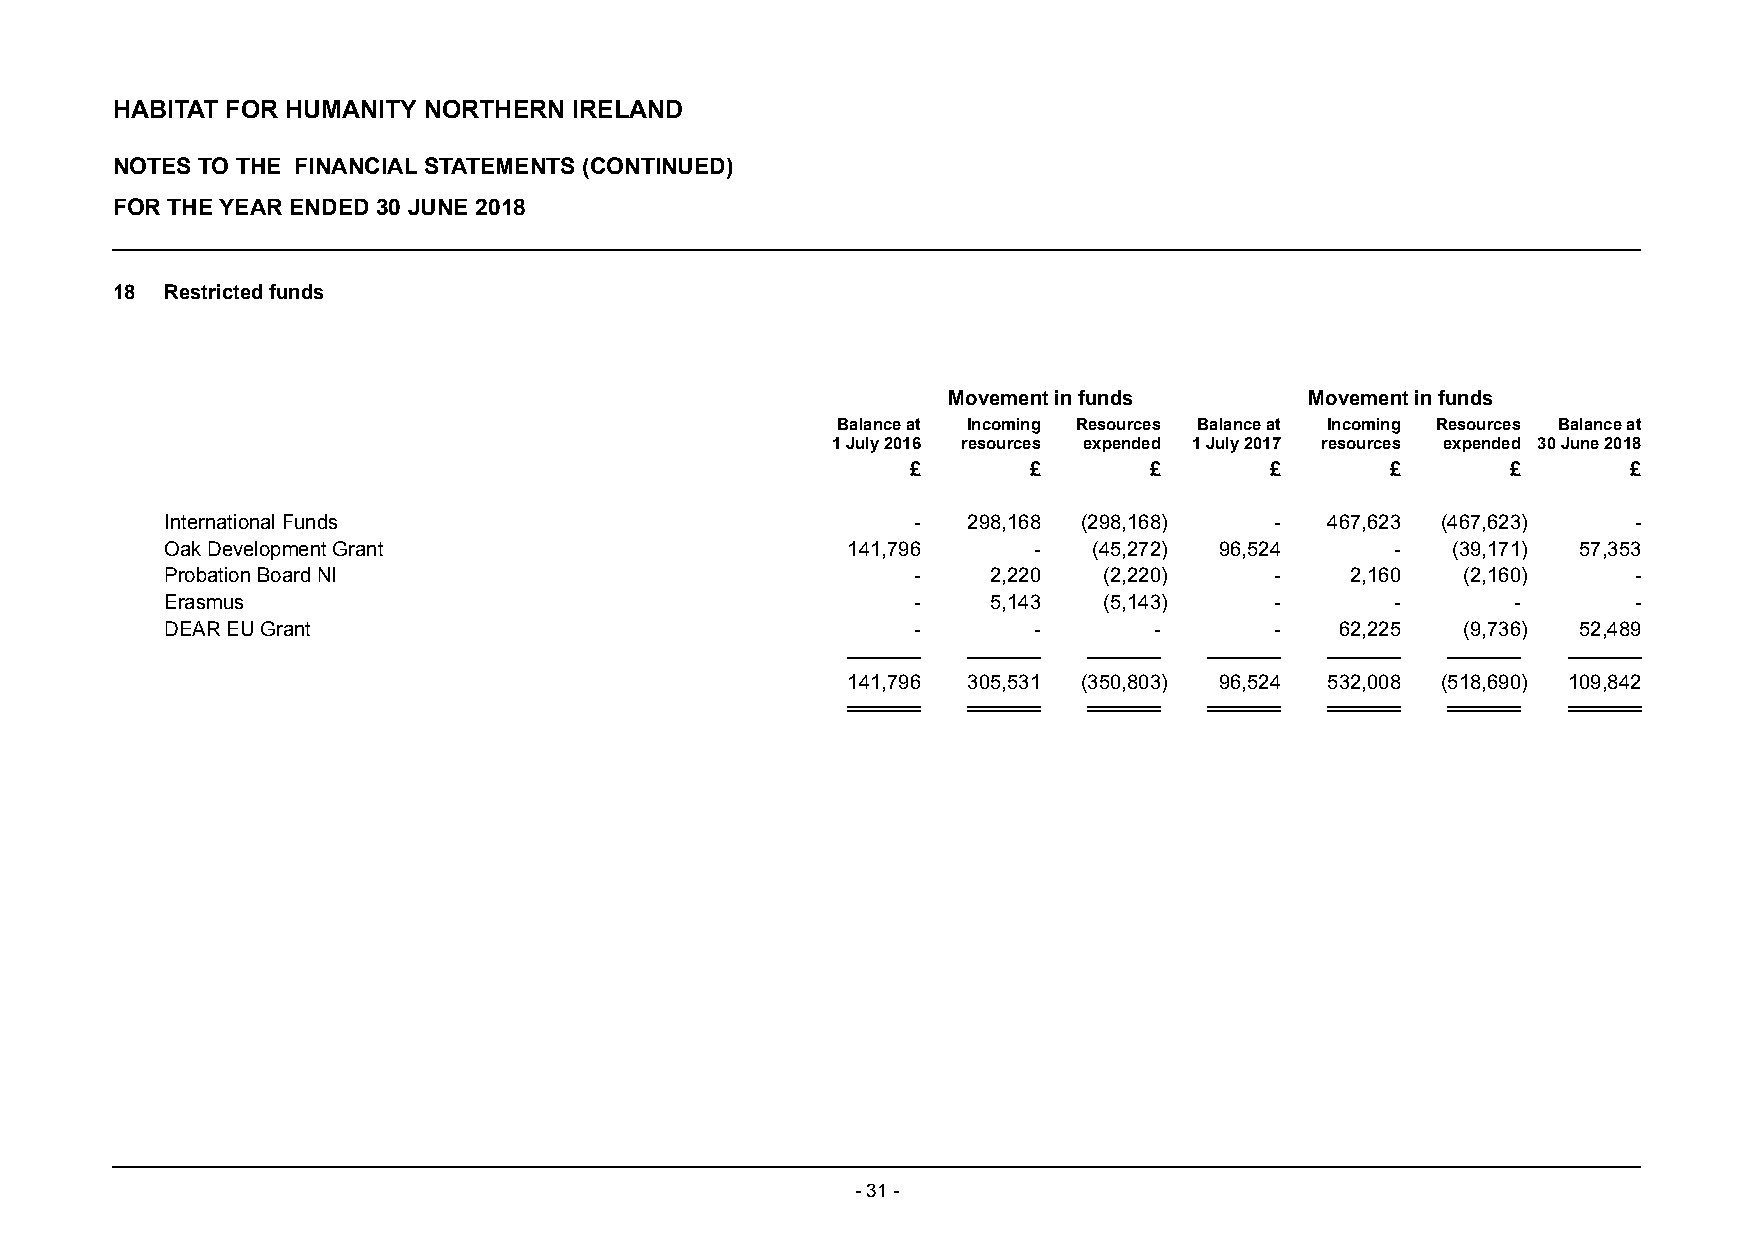
HABITAT FOR HUMANITY NORTHERN  IRELAND
 NOTES TO THE FINANCIAL STATEMENTS (CONTINUED)
 FOR THE YEAR ENDED 30 JUNE 2018
 18  Restricted funds
 Movement in funds       Movement in funds
 Balance at Incoming Resources Balance at Incoming Resources Balance at
 1 July 2016 resources expended 1 July 2017 resources expended 30 June 2018
 £       £       £       £       £       £       £
 International Funds                               -  298,168 (298,168)   -   467,623 (467,623)   -
 Oak Development Grant                        141,796     -   (45,272) 96,524     -   (39,171) 57,353
 Probation Board NI                                -    2,220  (2,220)    -    2,160   (2,160)    -
 Erasmus                                           -    5,143  (5,143)    -       -       -       -
 DEAR EU Grant                                     -      -       -       -    62,225  (9,736) 52,489
 141,796 305,531 (350,803) 96,524 532,008 (518,690) 109,842
 - 31 -